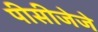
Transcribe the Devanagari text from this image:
पीसीजेजे